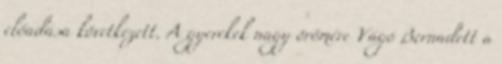
előadása következett. A gyerekek nagy örömére Vágó Bernadett a